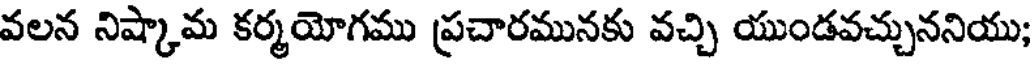
వలన నిష్కామ కర్మయోగము ప్రచారమునకు వచ్చి యుండవచ్చుననియు;